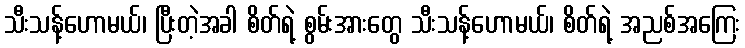
သီးသန့်ဟောမယ်၊ ပြီးတဲ့အခါ စိတ်ရဲ့ စွမ်းအားတွေ သီးသန့်ဟောမယ်၊ စိတ်ရဲ့ အညစ်အကြေး